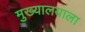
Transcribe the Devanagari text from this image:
मुख्यालयाला